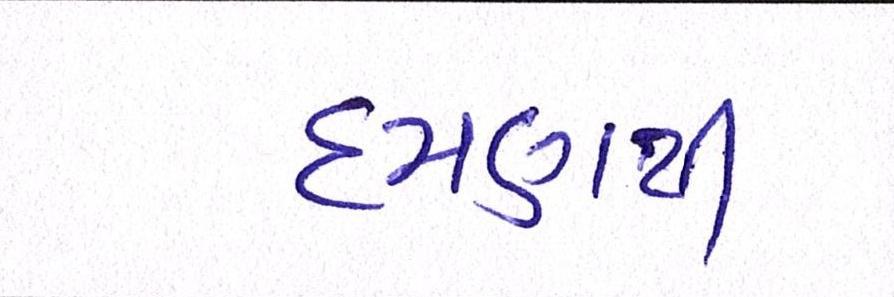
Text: દમણથી